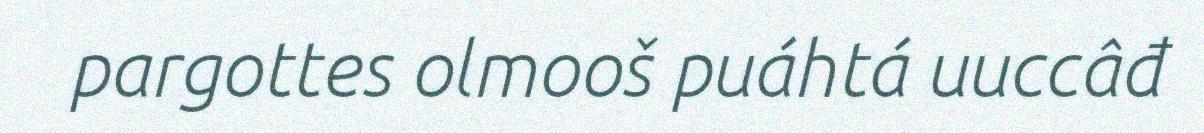
pargottes olmooš puáhtá uuccâđ